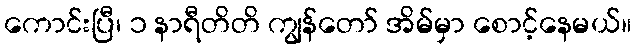
ကောင်းပြီ၊ ၁ နာရီတိတိ ကျွန်တော် အိမ်မှာ စောင့်နေမယ်။